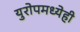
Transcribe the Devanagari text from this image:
युरोपमध्येही